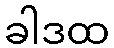
ခါဒထ